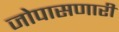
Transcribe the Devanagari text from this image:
जोपासणारी